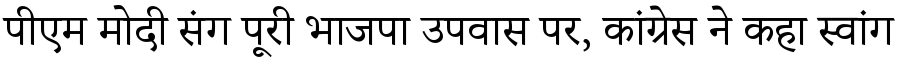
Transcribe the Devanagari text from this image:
पीएम मोदी संग पूरी भाजपा उपवास पर, कांग्रेस ने कहा स्वांग